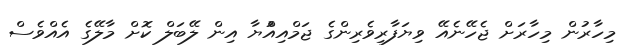
މިހާރުން މިހާރަށް ޖެހޭނެއޭ ވިޔަފާރިވެރިންގެ ޖަމްއިއްުޔާ އިން ލޭބަލް ކޮށް މާލޭގެ އެއްވެސް